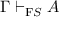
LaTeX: \Gamma \vdash _ { \mathrm { F } S } A